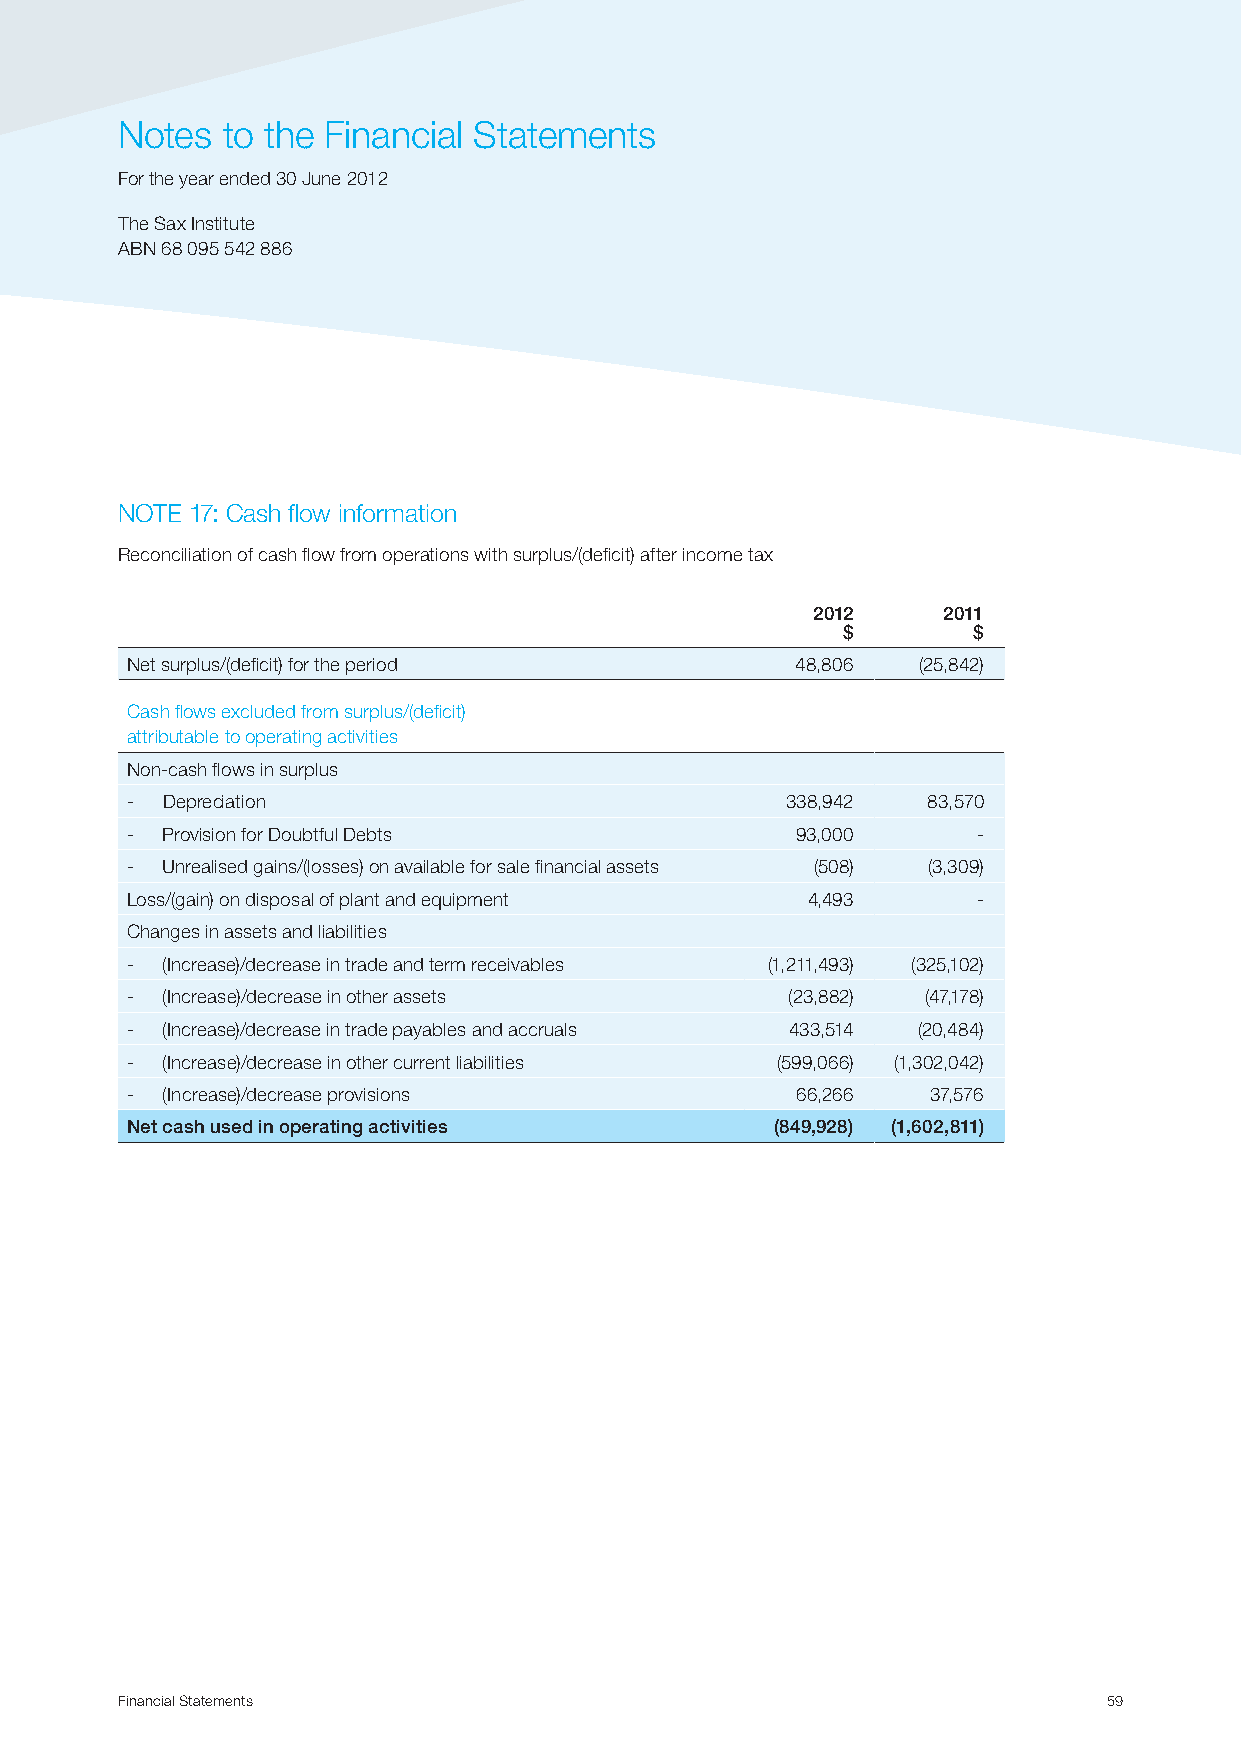
Notes  to the Financial Statements
 For the year ended 30 June 2012
 The Sax Institute
 ABN 68 095 542 886
 NOTE 17: Cash flow information
 Reconciliation of cash flow from operations with surplus/(deficit) after income tax
 2012    2011
 $       $
 Net surplus/(deficit) for the period         48,806  (25,842)
 Cash flows excluded from surplus/(deficit)
 attributable to operating activities
 Non-cash flows in surplus
 -  Depreciation                             338,942  83,570
 -  Provision for Doubtful Debts              93,000      -
 -  Unrealised gains/(losses) on available for sale financial assets (508) (3,309)
 Loss/(gain) on disposal of plant and equipment 4,493     -
 Changes in assets and liabilities
 -  (Increase)/decrease in trade and term receivables (1,211,493) (325,102)
 -  (Increase)/decrease in other assets      (23,882) (47,178)
 -  (Increase)/decrease in trade payables and accruals 433,514 (20,484)
 -  (Increase)/decrease in other current liabilities (599,066) (1,302,042)
 -  (Increase)/decrease provisions            66,266   37,576
 Net cash used in operating activities      (849,928) (1,602,811)
 Financial Statements                                             59